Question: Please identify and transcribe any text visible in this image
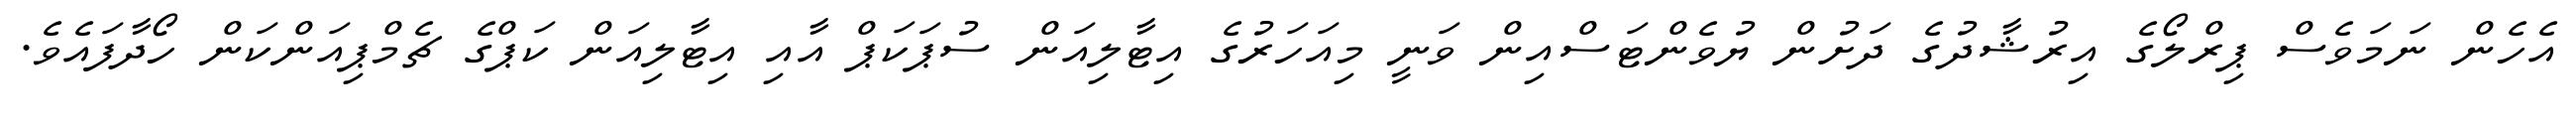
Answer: އެހެން ނަމަވެސް ޕިރްލޯގެ އިރުޝާދުގެ ދަށުން ޔުވެންޓަސްއިން ވަނީ މިއަހަރުގެ އިޓާލިއަން ސުޕަކަޕް އާއި އިޓާލިއަން ކަޕްގެ ޗެމްޕިއަންކަން ހޯދާފައެވެ.